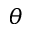
\theta